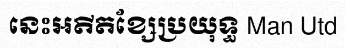
នេះអតីតខ្សែប្រយុទ្ធ Man Utd